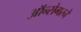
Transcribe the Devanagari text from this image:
ऑन्सेगरने